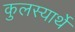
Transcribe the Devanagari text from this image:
कुलस्यार्थे